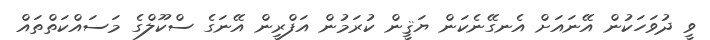
ވީ ދުވަހަކުން އޭނައަށް އެނގޭނެކަން ޔަޤީން ކުރަމުން އަފްރީން އޭނަގެ ސްކޫލްގެ މަސައްކަތްތައް